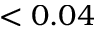
< 0 . 0 4